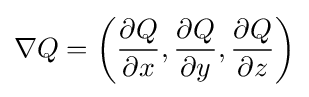
\nabla Q=\left({\frac {\partial Q}{\partial x}},{\frac {\partial Q}{\partial y}},{\frac {\partial Q}{\partial z}}\right)